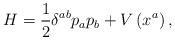
LaTeX: \begin{align*}H=\frac{1}{2}\delta ^{ab}p_{a}p_{b}+V\left( x^{a}\right) ,\end{align*}